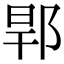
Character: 𨛎